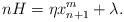
LaTeX: \begin{align*}nH=\eta x_{n+1}^m+\lambda.\end{align*}